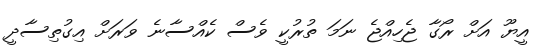
އީޔޫ އަށް ރޯގާ ޖެހިއްޖެ ނަމަ ތުރުކީ ވެސް ކެއްސާނެ ވަރަށް އިގުތިސާދީ